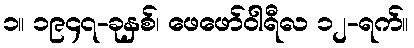
၁။ ၁၉၄၇-ခုနှစ်၊ ဖေဖော်ဝါရီလ ၁၂-ရက်။